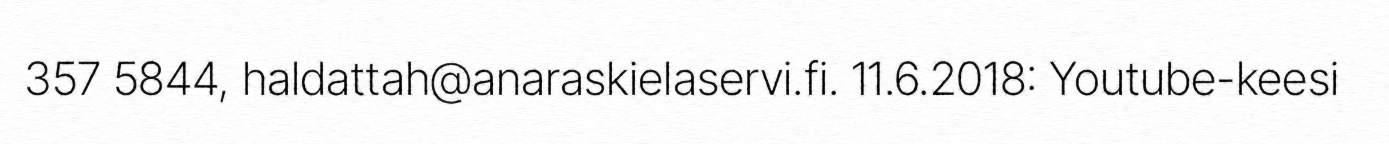
357 5844, haldattah@anaraskielaservi.fi. 11.6.2018: Youtube-keesi